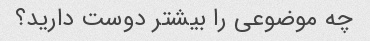
چه موضوعی را بیشتر دوست دارید؟